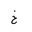
Letter: _kha